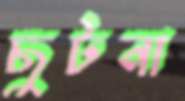
ছুটনা